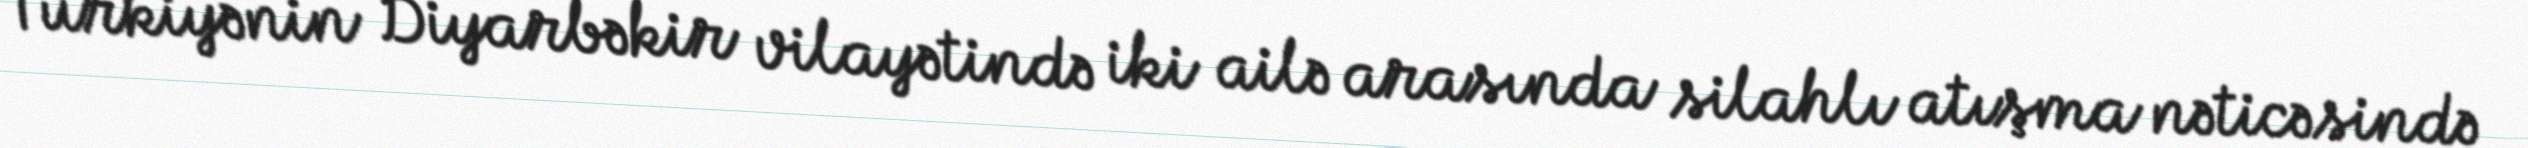
Türkiyənin Diyarbəkir vilayətində iki ailə arasında silahlı atışma nəticəsində